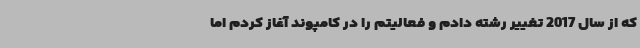
که از سال 2017 تغییر رشته دادم و فعالیتم را در کامپوند آغاز کردم اما